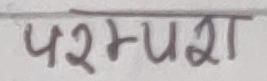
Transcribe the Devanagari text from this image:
परम्परा